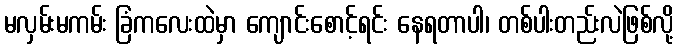
မလှမ်းမကမ်း ခြံကလေးထဲမှာ ကျောင်းစောင့်ရင်း နေရတာပါ၊ တစ်ပါးတည်းလဲဖြစ်လို့